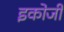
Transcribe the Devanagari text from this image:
इकोजी